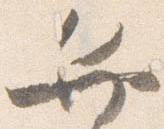
弁